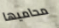
محاميها